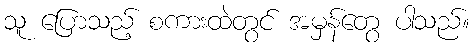
သူ ပြောသည့် စကားထဲတွင် အမှန်တွေ ပါသည်။